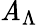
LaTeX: \mathit{A}_{\Lambda}